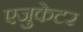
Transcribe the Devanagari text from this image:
एजुकेटर